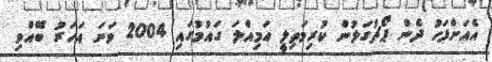
އެއަށްފަހު ދެން ޕޯޗުގަލުން ކުރިމަތިލީ އަމިއްލަ ގައުމުގައި 2004 ވަނަ އަހަރު ބޭއްވި